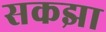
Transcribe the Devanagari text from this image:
सकझा